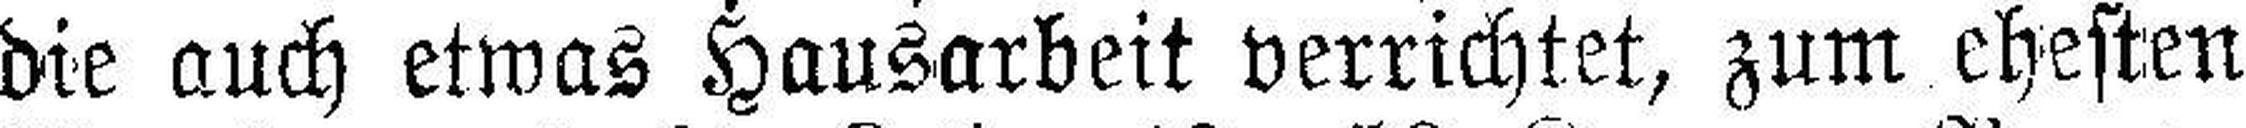
die auch etwas Hausarbeit verrichtet, zum ehesten